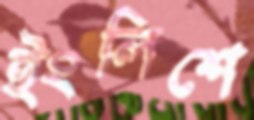
ইংলিশে